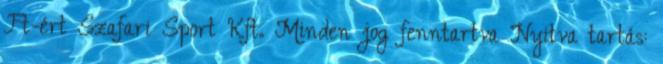
Ft-ért Szafari Sport Kft. Minden jog fenntartva Nyitva tartás: